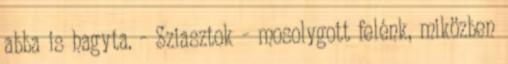
abba is hagyta. - Sziasztok - mosolygott felénk, miközben